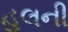
હલની